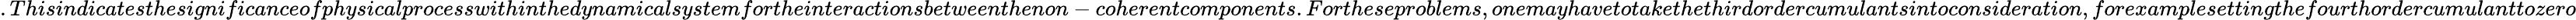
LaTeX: .Thisindicatesthesignificanceofphysicalprocesswithinthedynamicalsystemfortheinteractionsbetweenthenon-coherentcomponents.Fortheseproblems,onemayhavetotakethethirdordercumulantsintoconsideration,forexamplesettingthefourthordercumulanttozero